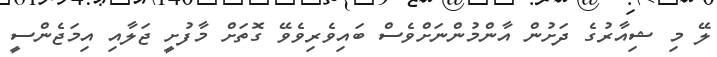
ލޭ މި ޝިއާރުގެ ދަށުން އާންމުންނަށްވެސް ބައިވެރިވެވޭ ގޮތަށް މާފުށީ ޖަލާއި އިމަޖެންސީ